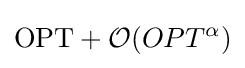
\mathrm {OPT} +{\mathcal {O}}(OPT^{\alpha })